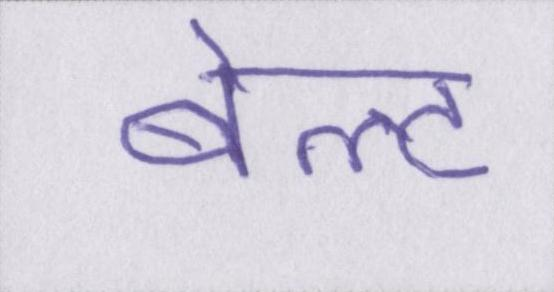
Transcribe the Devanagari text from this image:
बेल्ट